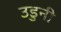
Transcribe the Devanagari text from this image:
उडुनी